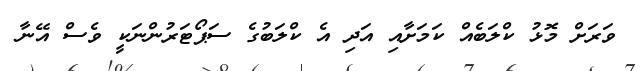
ވަރަށް މޮޅު ކްލަބެއް ކަމަށާއި އަދި އެ ކްލަބުގެ ސަޕޯޓަރުންނަކީ ވެސް އޭނާ